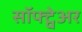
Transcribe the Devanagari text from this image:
सॉफ्ट्वेअर